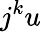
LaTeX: j^{k}u